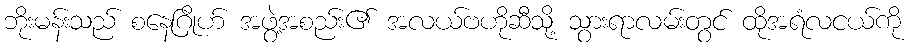
ဘိုးမန်းသည် စနေဂြိုဟ် အဖွဲ့အစည်း၏ အလယ်ဗဟိုဆီသို့ သွားရာလမ်းတွင် ထိုအရံလငယ်ကို